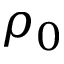
\rho _ { 0 }